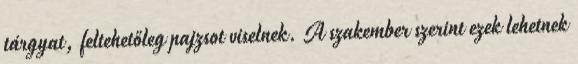
tárgyat, feltehetőleg pajzsot viselnek. A szakember szerint ezek lehetnek